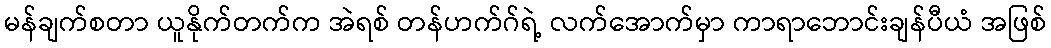
မန်ချက်စတာ ယူနိုက်တက်က အဲရစ် တန်ဟက်ဂ်ရဲ့ လက်အောက်မှာ ကာရာဘောင်းချန်ပီယံ အဖြစ်